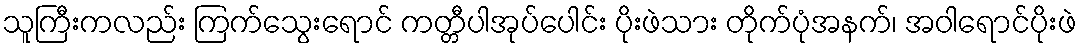
သူကြီးကလည်း ကြက်သွေးရောင် ကတ္တီပါအုပ်ပေါင်း ပိုးဖဲသား တိုက်ပုံအနက်၊ အဝါရောင်ပိုးဖဲ